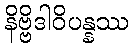
နိဗ္ဗိဒါဝိပန္နဿ